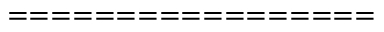
= = = = = = = = = = = = = = = = =